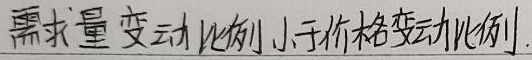
需求量变动比例小于价格变动比例.